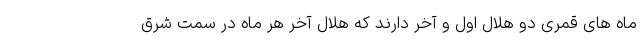
ماه های قمری دو هلال اول و آخر دارند که هلال آخر هر ماه در سمت شرق